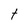
Character: t